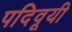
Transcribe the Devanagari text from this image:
पदिवूयी